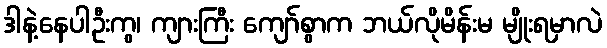
ဒါနဲ့နေပါဦးကွ၊ ကျားကြီး ကျော်စွာက ဘယ်လိုမိန်းမ မျိုးရမှာလဲ